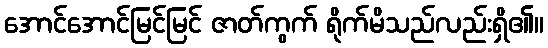
အောင်အောင်မြင်မြင် ဇာတ်ကွက် ရိုက်မိသည်လည်းရှိ၏။